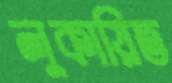
লুকায়িত